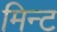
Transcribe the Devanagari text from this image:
मिन्‍ट